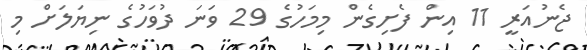
ޖެނުއަރީ 11 އިން ފެށިގެން މިމަހުގެ 29 ވަނަ ދުވަހުގެ ނިޔަލަށް މި